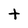
Character: t